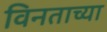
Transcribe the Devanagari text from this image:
विनताच्या